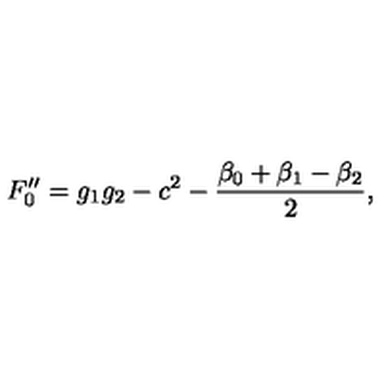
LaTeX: F _ { 0 } ^ { \prime \prime } = g _ { 1 } g _ { 2 } - c ^ { 2 } - \frac { \beta _ { 0 } + \beta _ { 1 } - \beta _ { 2 } } { 2 } ,